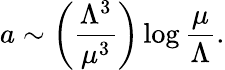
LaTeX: a\sim\left({\frac{\Lambda^{3}}{\mu^{3}}}\right)\log{\frac{\mu}{\Lambda}}.